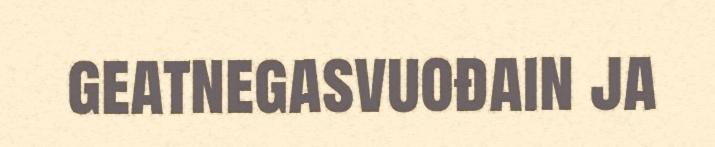
geatnegasvuođain ja